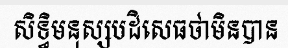
សិទ្ធិមនុស្សបដិសេធថាមិនបាន